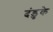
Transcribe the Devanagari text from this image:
दंडुके